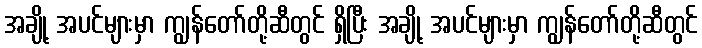
အချို့ အပင်များမှာ ကျွန်တော်တို့ဆီတွင် ရှိပြီး အချို့ အပင်များမှာ ကျွန်တော်တို့ဆီတွင်